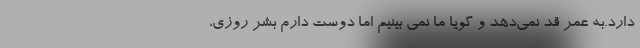
دارد.به عمر قد نمی‌دهد و گویا ما نمی بینیم اما دوست دارم بشر روزی،